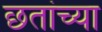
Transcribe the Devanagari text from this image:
छतांच्या